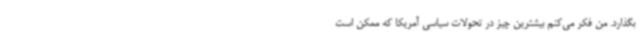
بگذارد. من فکر می‌کنم بیشترین چیز در تحولات سیاسی آمریکا که ممکن است